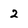
Character: 2